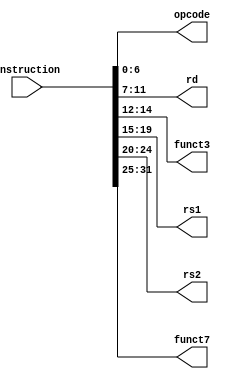
module instruction_parser
(
	input wire [31:0] instruction,
	output reg [6:0] opcode, 
	output reg [4:0] rd,
	output reg [2:0] funct3,
	output reg [4:0] rs1,
	output reg [4:0]  rs2,
	output reg [6:0] funct7
	
);

always @ (instruction)
  begin
      opcode = instruction[6:0];
      rd = instruction[11:7];
      funct3 = instruction[14:12];
      rs1 = instruction[19:15];
	   	rs2 = instruction[24:20];
		  funct7 = instruction[31:25];      
  end
  
endmodule